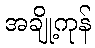
အချို့ကုန်